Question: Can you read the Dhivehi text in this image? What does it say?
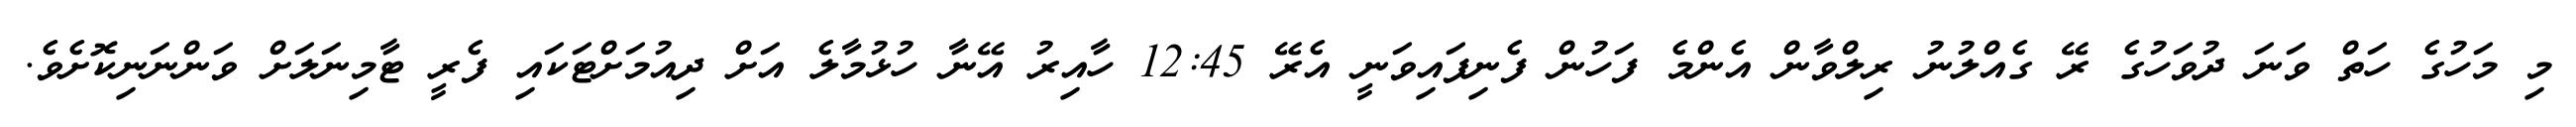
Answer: މި މަހުގެ ހަތް ވަނަ ދުވަހުގެ ރޭ ގެއްލުނު ރިލްވާން އެންމެ ފަހުން ފެނިފައިވަނީ އެރޭ 12:45 ހާއިރު އޭނާ ހުޅުމާލެ އަށް ދިއުމަށްޓަކައި ފެރީ ޓާމިނަލަށް ވަންނަނިކޮށެވެ.